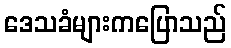
ဒေသခံများကပြောသည်